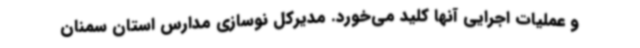
و عملیات اجرایی آنها کلید می‌خورد. مدیرکل نوسازی مدارس استان سمنان